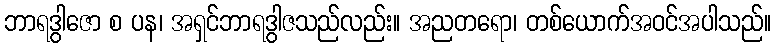
ဘာရဒွါဇော စ ပန၊ အရှင်ဘာရဒွါဇသည်လည်း။ အညတရော၊ တစ်ယောက်အဝင်အပါသည်။